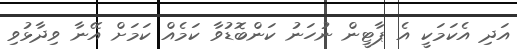
އަދި އެކަމަކީ އެ ޕާޓީން ނުހަނު ކަންބޮޑުވާ ކަމެއް ކަމަށް އޭނާ ވިދާޅުވި